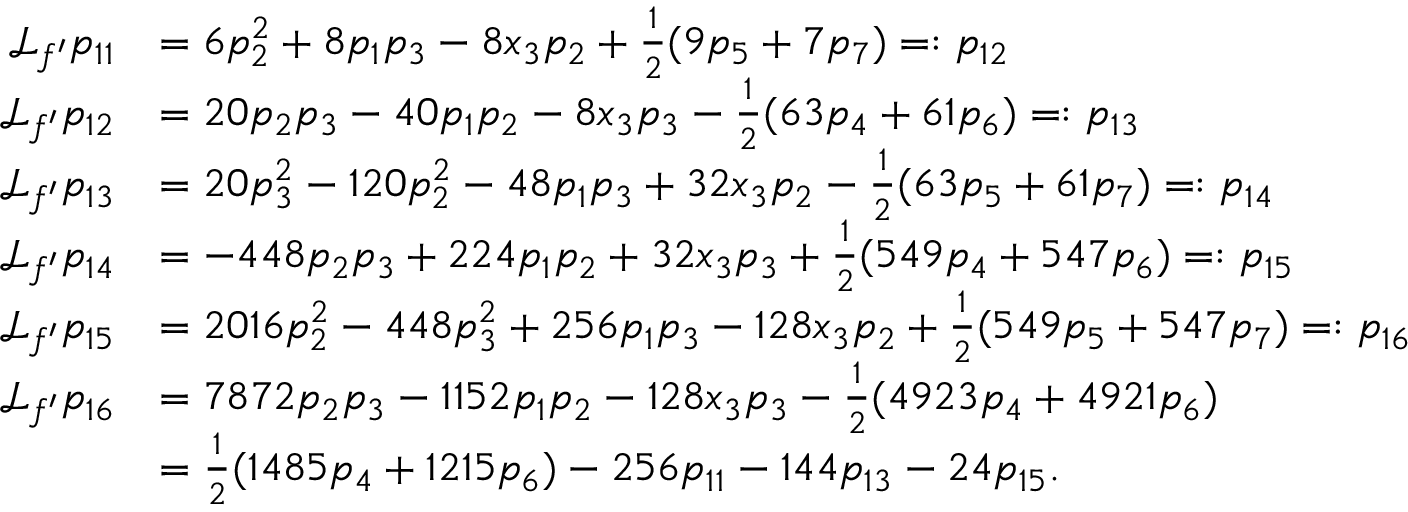
\begin{array} { r l } { { \mathcal { L } } _ { f ^ { \prime } } p _ { 1 1 } } & { = 6 p _ { 2 } ^ { 2 } + 8 p _ { 1 } p _ { 3 } - 8 x _ { 3 } p _ { 2 } + \frac { 1 } { 2 } ( 9 p _ { 5 } + 7 p _ { 7 } ) = : p _ { 1 2 } } \\ { { \mathcal { L } } _ { f ^ { \prime } } p _ { 1 2 } } & { = 2 0 p _ { 2 } p _ { 3 } - 4 0 p _ { 1 } p _ { 2 } - 8 x _ { 3 } p _ { 3 } - \frac { 1 } { 2 } ( 6 3 p _ { 4 } + 6 1 p _ { 6 } ) = : p _ { 1 3 } } \\ { { \mathcal { L } } _ { f ^ { \prime } } p _ { 1 3 } } & { = 2 0 p _ { 3 } ^ { 2 } - 1 2 0 p _ { 2 } ^ { 2 } - 4 8 p _ { 1 } p _ { 3 } + 3 2 x _ { 3 } p _ { 2 } - \frac { 1 } { 2 } ( 6 3 p _ { 5 } + 6 1 p _ { 7 } ) = : p _ { 1 4 } } \\ { { \mathcal { L } } _ { f ^ { \prime } } p _ { 1 4 } } & { = - 4 4 8 p _ { 2 } p _ { 3 } + 2 2 4 p _ { 1 } p _ { 2 } + 3 2 x _ { 3 } p _ { 3 } + \frac { 1 } { 2 } ( 5 4 9 p _ { 4 } + 5 4 7 p _ { 6 } ) = : p _ { 1 5 } } \\ { { \mathcal { L } } _ { f ^ { \prime } } p _ { 1 5 } } & { = 2 0 1 6 p _ { 2 } ^ { 2 } - 4 4 8 p _ { 3 } ^ { 2 } + 2 5 6 p _ { 1 } p _ { 3 } - 1 2 8 x _ { 3 } p _ { 2 } + \frac { 1 } { 2 } ( 5 4 9 p _ { 5 } + 5 4 7 p _ { 7 } ) = : p _ { 1 6 } } \\ { { \mathcal { L } } _ { f ^ { \prime } } p _ { 1 6 } } & { = 7 8 7 2 p _ { 2 } p _ { 3 } - 1 1 5 2 p _ { 1 } p _ { 2 } - 1 2 8 x _ { 3 } p _ { 3 } - \frac { 1 } { 2 } ( 4 9 2 3 p _ { 4 } + 4 9 2 1 p _ { 6 } ) } \\ & { = \frac { 1 } { 2 } ( 1 4 8 5 p _ { 4 } + 1 2 1 5 p _ { 6 } ) - 2 5 6 p _ { 1 1 } - 1 4 4 p _ { 1 3 } - 2 4 p _ { 1 5 } . } \end{array}